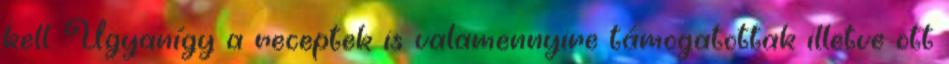
kell. Ugyanígy a receptek is valamennyire támogatottak illetve ott